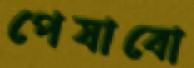
পেষাবো